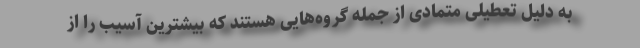
به دلیل تعطیلی متمادی از جمله گروه‌هایی هستند که بیشترین آسیب را از